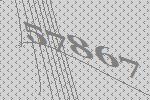
57867